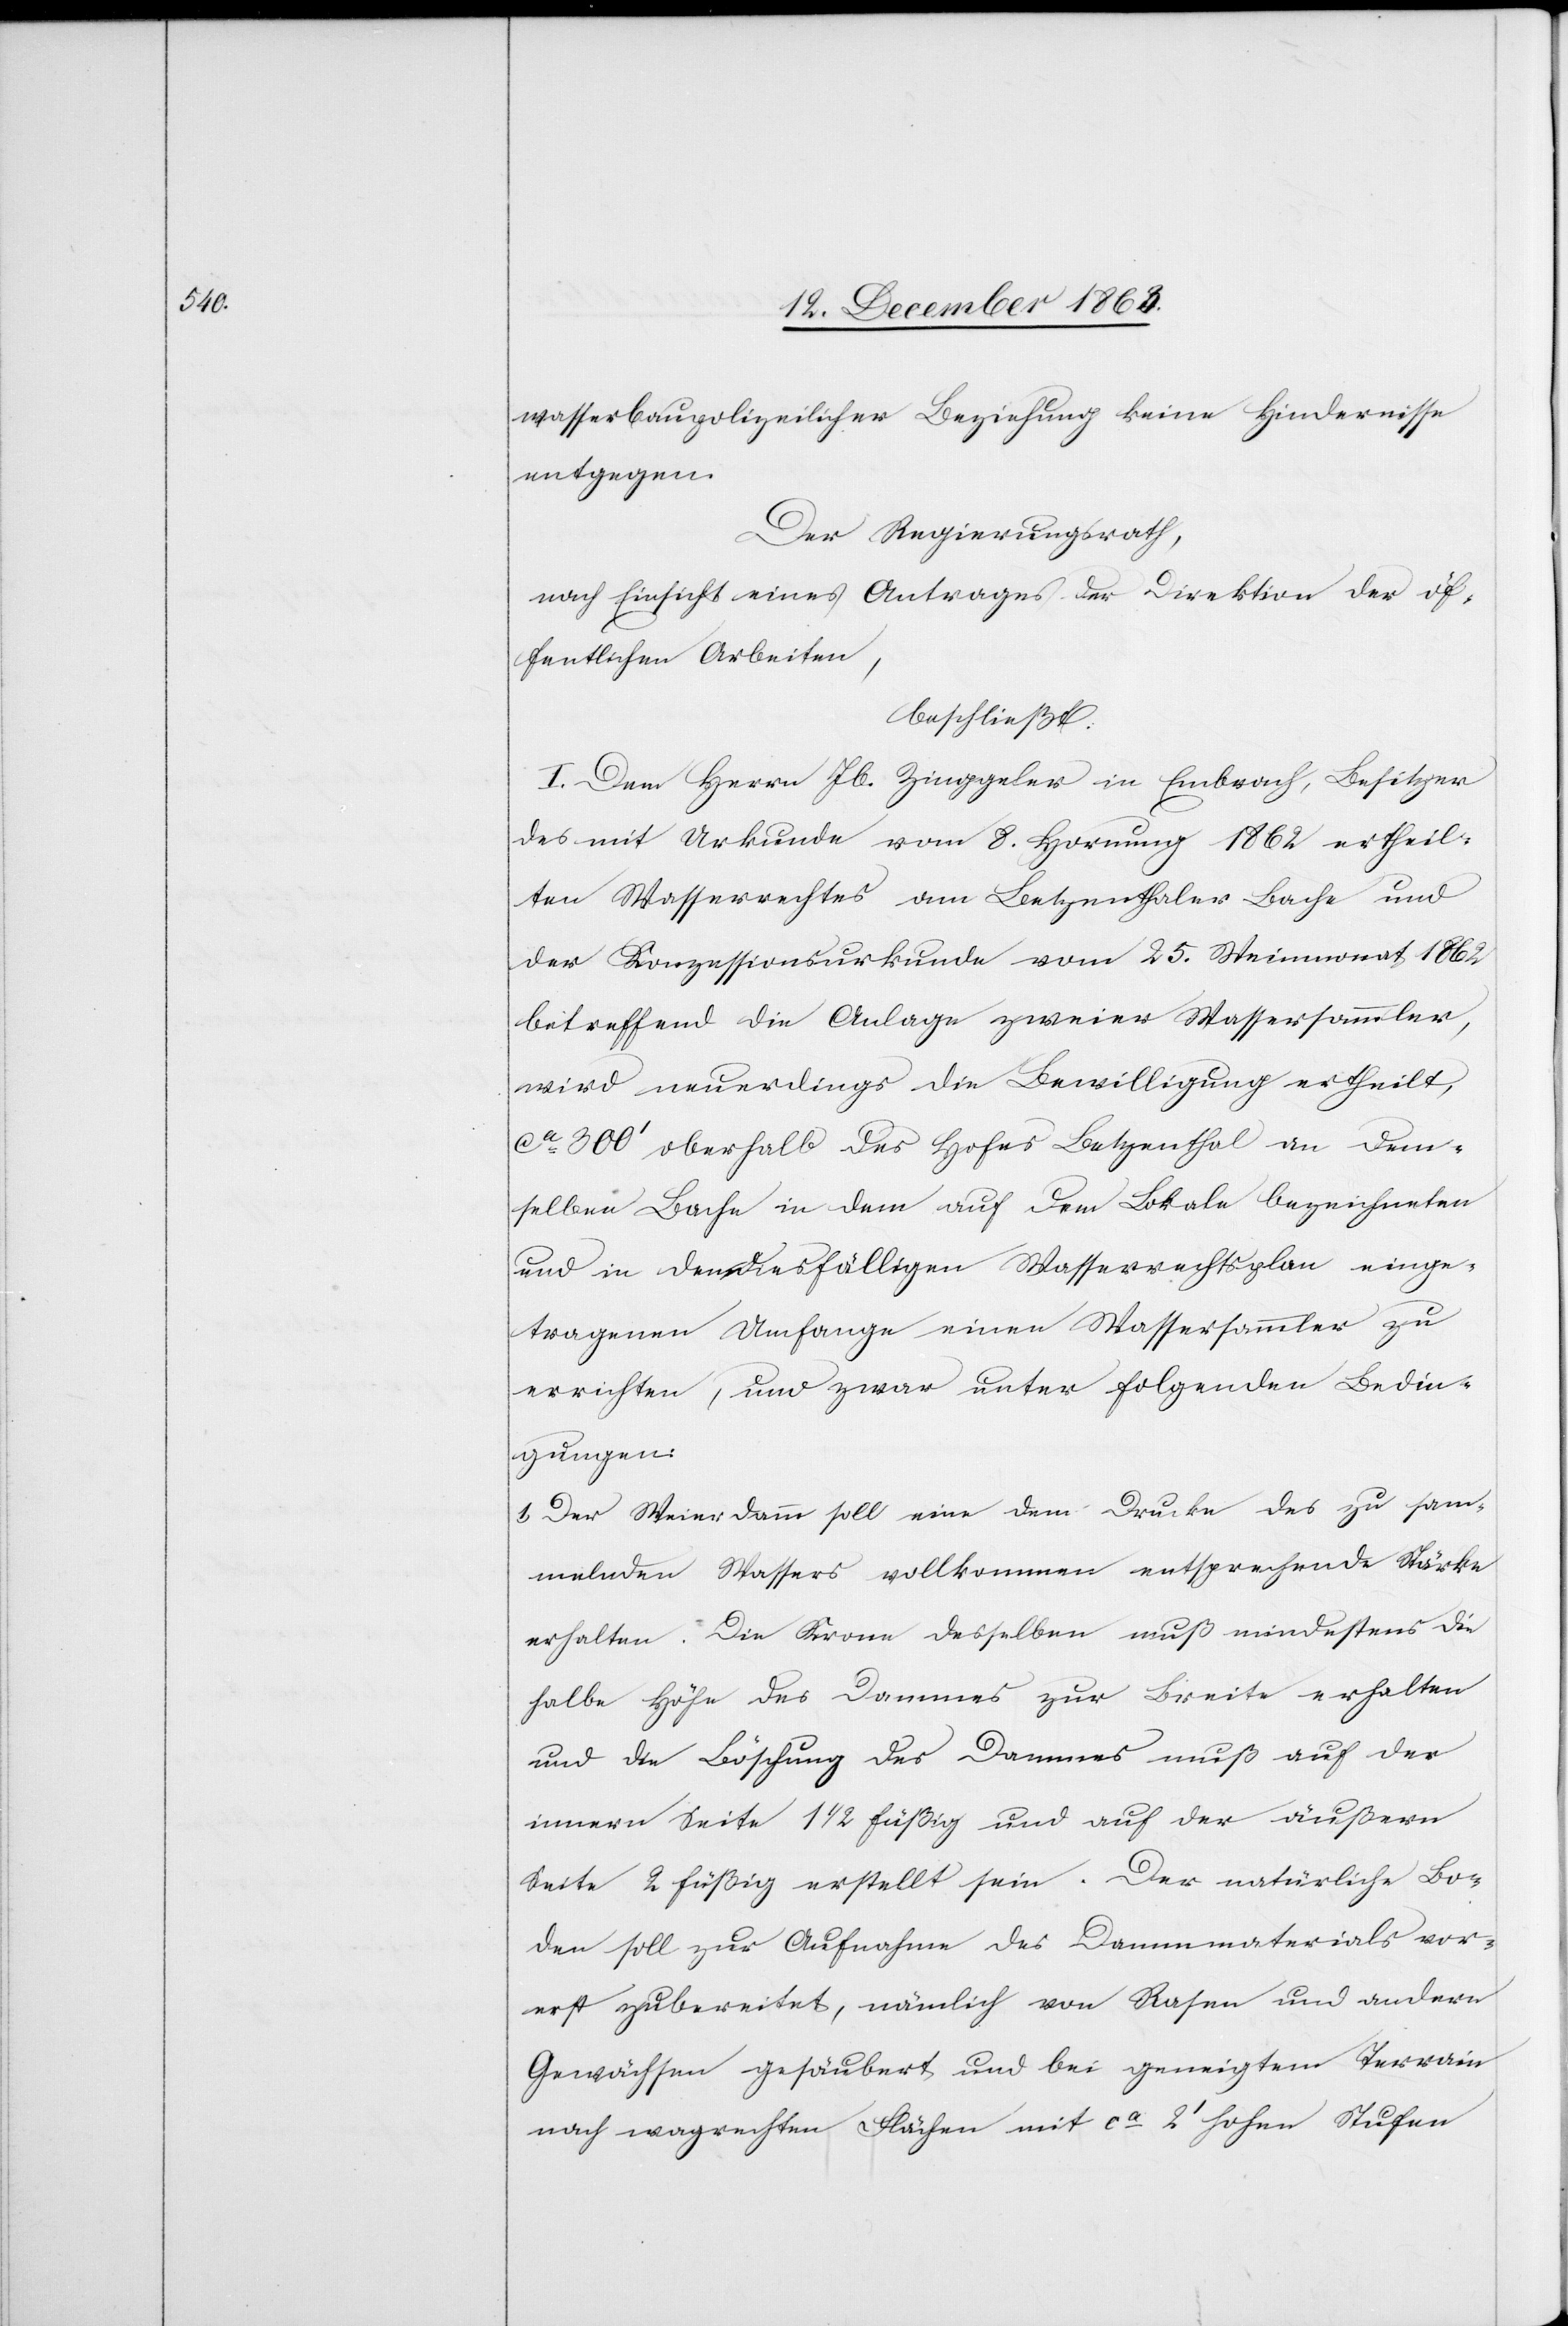
wasserbaupolizeilicher Beziehung keine Hindernisse
entgegen.
Der Regierungsrath,
nach Einsicht eines Antrages der Direktion der öf¬
fentlichen Arbeiten,
beschließt:
I. Dem Herrn Jb. Zinggeler in Embrach, Besitzer
des mit Urkunde vom 8. Hornung 1862 ertheil¬
ten Wasserrechtes am Betzenthaler Bache und
der Konzessionsurkunde vom 25. Weinmonat 1862
betreffend die Anlage zweier Wassersammler,
wird neuerdings die Bewilligung ertheilt,
ca 300' oberhalb des Hofes Betzenthal an dem¬
selben Bache in dem auf dem Lokale bezeichneten
und in den diesfälligen Wasserrechtsplan einge¬
tragenen Umfange einen Wassersammler zu
errichten, und zwar unter folgenden Bedin¬
gungen:
1. Der Weierdamm soll eine dem Drucke des zu sam¬
melnden Wassers vollkommen entsprechende Stärke
erhalten. Die Krone desselben muß mindestens die
halbe Höhe des Dammes zur Breite erhalten
und die Böschung des Dammes muß auf der
innern Seite 1 1/2 füßig und auf der äußern
Seite 2 füßig erstellt sein. Der natürliche Bo¬
den soll zur Aufnahme des Dammmaterials vor¬
erst zubereitet, nämlich von Rasen und andern
Gewächsen gesäubert und bei geneigtem Terrain
nach wagrechten Flächen mit ca 2' hohen Stufen